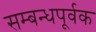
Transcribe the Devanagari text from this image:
सम्बन्धपूर्वक